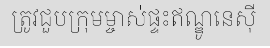
ត្រូវជួបក្រុមម្ចាស់ផ្ទះឥណ្ឌូនេស៊ី